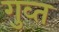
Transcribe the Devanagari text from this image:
गुव्त